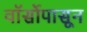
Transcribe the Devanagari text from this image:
वॉर्सोपासून